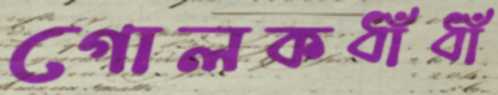
গোলকধাঁধাঁ